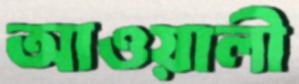
আওয়ালী